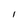
Character: 1